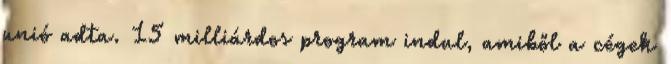
unió adta. 15 milliárdos program indul, amiből a cégek